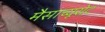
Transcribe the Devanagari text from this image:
मैसाच्यूसेट